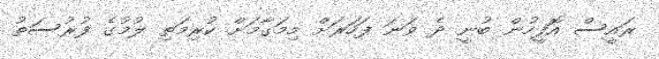
ރައީސް އޮފީހުން ބުނީ ދެ ވަނަ ފަހަރަށް މިމަގާމަށް ކުރިމަތި ލުމުގެ ފުރުސަތު